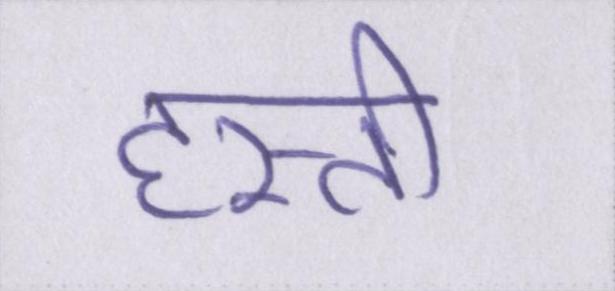
हस्ती